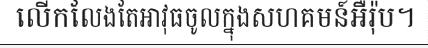
លើកលែងតែអាវុធចូលក្នុងសហគមន៍អឺរ៉ុប។